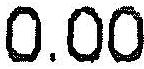
0.00